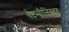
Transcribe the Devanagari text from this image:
वेष्टमीनिस्टर